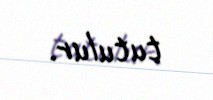
tutulur.